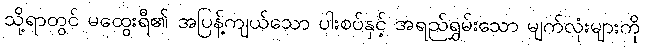
သို့ရာတွင် မထွေးရီ၏ အပြန့်ကျယ်သော ပါးစပ်နှင့် အရည်ရွှမ်းသော မျက်လုံးများကို